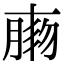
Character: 𦝸